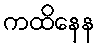
ကထိနေန